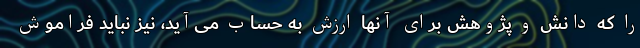
را که دانش و پژوهش برای آنها ارزش به حساب می‌آید، نیز نباید فراموش